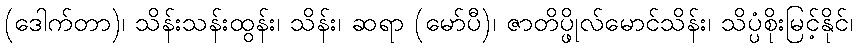
(ဒေါက်တာ)၊ သိန်းသန်းထွန်း၊ သိန်း၊ ဆရာ (မော်ပီ)၊ ဇာတိပ္ဖိုလ်မောင်သိန်း၊ သိပ္ပံစိုးမြင့်နိုင်၊